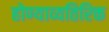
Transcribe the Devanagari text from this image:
होण्याव्यतिरिक्त